Vaccination in the Punjab 1919-1929 - 1919-1929
Year: 1919
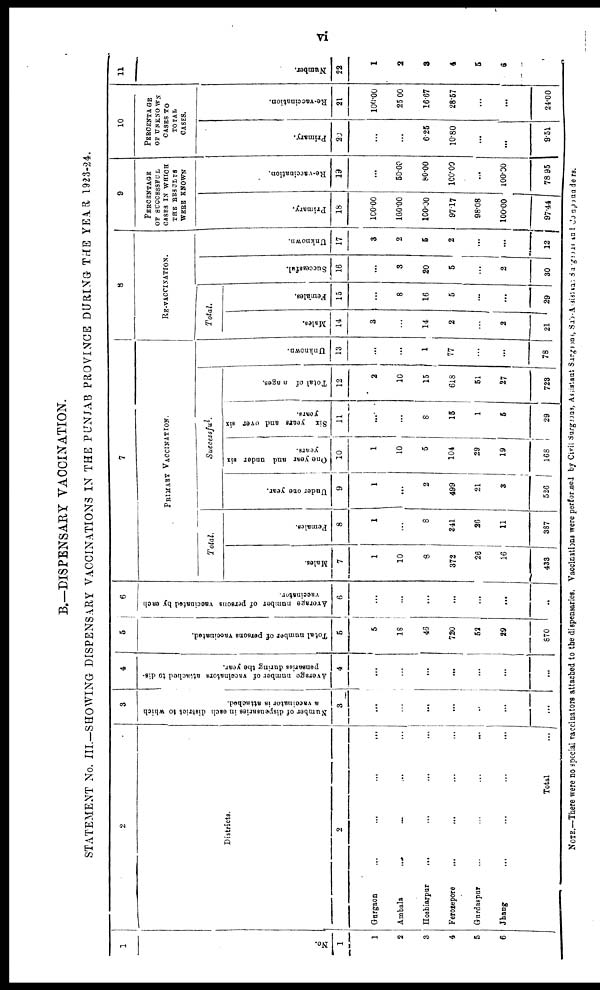
vi
B.—DISPENSARY VACCINATION.
STATEMENT No. III.—SHOWING DISPENSARY VACCINATIONS IN THE PUNJAB PROVINCE DURING THE YEAR 1923-24.
1
No.
1
1
2
3
4
5
6
2
Districts.
2
Gurgaon ... ... ... ...
Ambala
...
... ... ...
Hoshiarpur ... ... ... ...
Ferorepore ... ... ... ...
Gurdaspur
...
...
...
...
Jhang ... ... ... ...
Total ...
3
Number of dispensaries in each district to which
a vaccinator is attached.
3
...
...
...
...
...
...
...
4
Average number of vaccinators attached to dis-
pensaries during the year.
4
...
...
...
...
...
...
...
5
Total number of persons vaccinated.
5
5
18
46
720
52
29
870
6
Average number of persons vaccinated by each
vaccinator.
6
...
...
...
...
...
...
...
7
PRIMARY VACCINATION.
Total.
Males.
7
1
10
8
372
26
16
433
Females.
8
1
...
8
341
26
11
387
Under one year.
9
1
...
2
409
21
3
526
Suecessful
One year and under six
years.
10
1
10
5
104
29
19
168
Six years and over six
years.
11
...
...
8
15
1
5
29
Total of a ages.
12
2
10
15
618
51
27
723
Unknown.
13
...
...
1
77
...
...
78
8
RE-VACCINATION.
Total.
Males.
14
3
...
14
2
...
2
21
Females.
15
...
8
16
5
...
...
29
Successful.
16
...
3
20
5
...
2
30
Unknown.
17
3
2
5
2
...
...
12
9
PERCENTAGE
OF SUCCESSFUL
CASES IS WHICH
THE RESULTS
WERE KNOWN
Primary.
18
l00.00
100.00
100.00
97.17
98.08
100.00
97.44
Re-vaccination.
19
...
50.00
80.00
100.00
...
100.00
78.95
10
PERCENTAGE
OF UNKNOWN
CASES TO
TOTAL
CASES.
Primary.
20
...
...
6.25
10.80
...
...
9.51
Re-vaccination.
21
100.00
25.00
16.67
28.57
...
...
24.00
11
Number.
22
1
2
3
4
5
6
NOTE.—There were no special vaccinators attached to the dispensaries. Vaccinatins
were performed by Civil Surgeons, Assistant Surgeons, Sub-Assistans surgons and compounders.